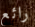
رائع